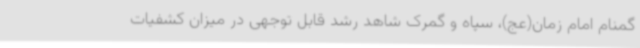
گمنام امام زمان(عج)، سپاه و گمرک شاهد رشد قابل توجهی در میزان کشفیات